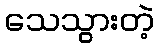
သေသွားတဲ့